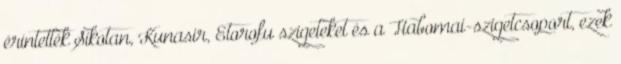
érintették Sikotan, Kunasir, Etorofu szigeteket és a Habomai-szigetcsoport, ezek